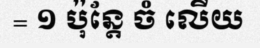
= ១ ប៉ុន្តែ ចំ លើយ